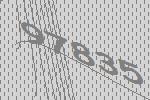
97835